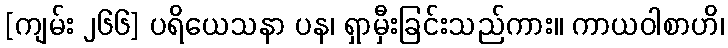
[ကျမ်း ၂၆၆] ပရိယေသနာ ပန၊ ရှာမှီးခြင်းသည်ကား။ ကာယဝါစာဟိ၊